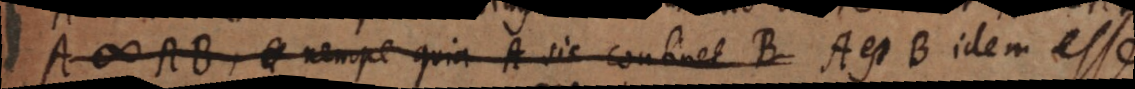
A # AB, nempe quia A sic continet B A est B idem esse